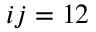
i j = 1 2